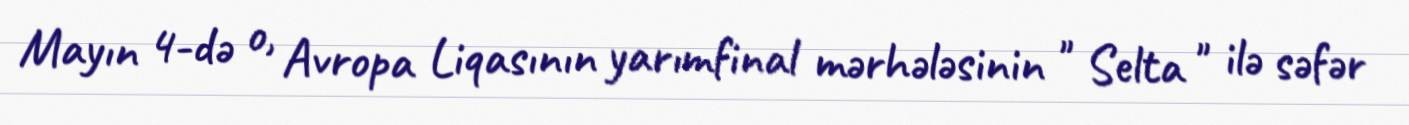
Mayın 4-də o, Avropa Liqasının yarımfinal mərhələsinin " Selta " ilə səfər